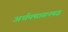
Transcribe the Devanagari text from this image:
अर्धपद्मासनबद्ध